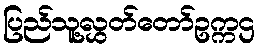
ပြည်သူ့လွှတ်တော်ဥက္ကဌ